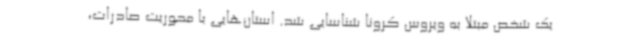
یک شخص مبتلا به ویروس کرونا شناسایی شد. استان‌هایی با محوریت صادرات،